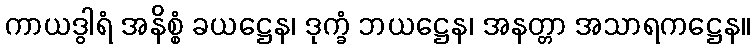
ကာယဒွါရံ အနိစ္စံ ခယဋ္ဌေန၊ ဒုက္ခံ ဘယဋ္ဌေန၊ အနတ္တာ အသာရကဋ္ဌေန။